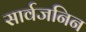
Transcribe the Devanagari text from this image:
सार्वजनिन